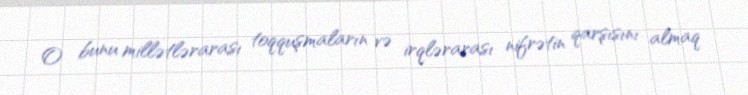
O bunu millətlərarası toqquşmaların və irqlərarası nifrətin qarşısını almaq